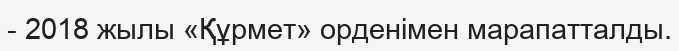
- 2018 жылы «Құрмет» орденімен марапатталды.